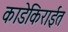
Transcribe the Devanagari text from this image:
काडेकिराईत